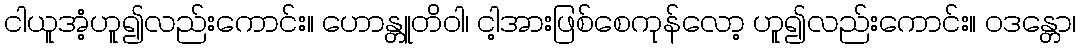
ငါယူအံ့ဟူ၍လည်းကောင်း။ ဟောန္တူတိဝါ၊ ငါ့အားဖြစ်စေကုန်လော့ ဟူ၍လည်းကောင်း။ ဝဒန္တော၊